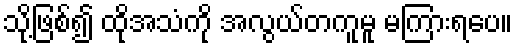
သို့ဖြစ်၍ ထိုအသံကို အလွယ်တကူမူ မကြားရပေ။